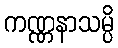
ကဏ္ဏနာသမ္ပိ